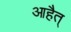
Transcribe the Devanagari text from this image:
आहैत्